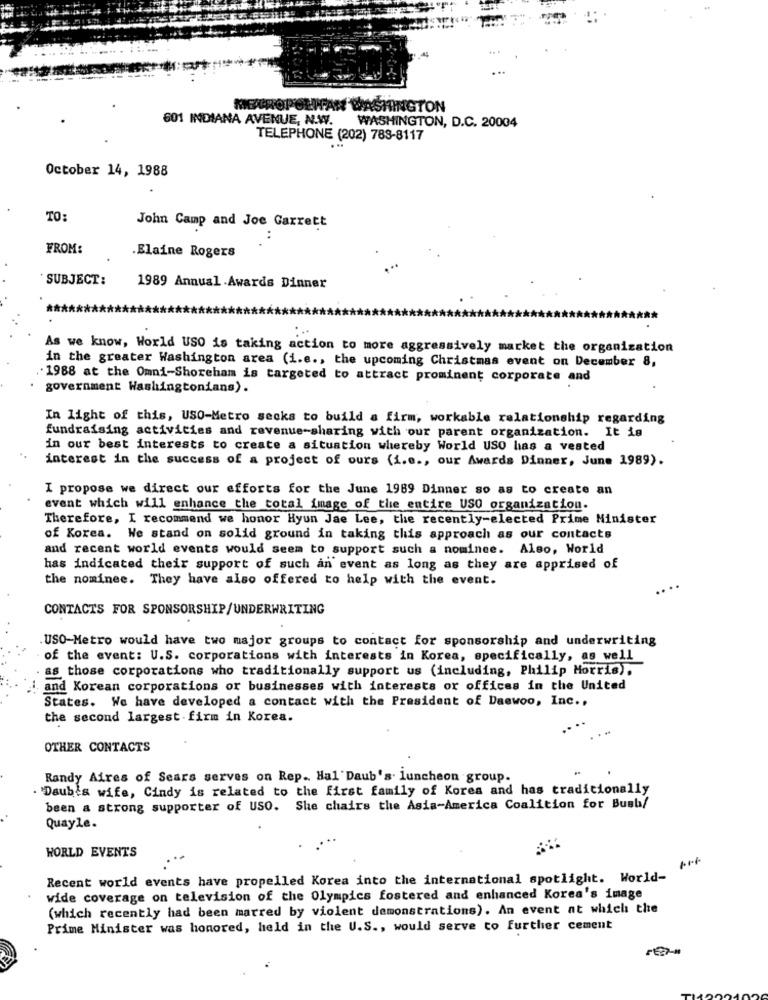
METROPOLITAN WASHINGTON
601 INDIANA AVENUE, N.W.
WASHINGTON, D.C. 20004
TELEPHONE (202) 783-8117
October 14, 1988
TO:
John Camp and Joe Garrett
..
FROM:
.Elaine Rogers
SUBJECT:
1989 Annual Awards Dinner
***
As we know, World USO is taking action to more aggressively market the organization
in the greater Washington area (i.e ., the upcoming Christmas event on December 8,
. 1988 at the Omni-Shoreham is targeted to attract prominent corporate and
government Washingtonians).
In light of this, USO-Metro secks to build a firm, workable relationship regarding
fundraising activities and revenue-sharing with our parent organization. It is
in our best interests to create a situation whereby World USO has a vested
interest in the success of a project of ours (i.e ., our Awards Dinner, June 1989).
I propose we direct our efforts for the June 1989 Dinner so as to create an
event which will enhance the total image of the entire USO organization.
Therefore, I recommend we honor Hyun Jae Lee, the recently-elected Prime Minister
of Korea. We stand on solid ground in taking this approach as our contacts
and recent world events would seem to support such a nominee. Also, World
has indicated their support of such an event as long as they are apprised of
the nominee. They have also offered to help with the event.
CONTACTS FOR SPONSORSHIP/UNDERWRITING
USO-Metro would have two major groups to contact for sponsorship and underwriting
of the event: U.S. corporations with interests in Korea, specifically, as well
as those corporations who traditionally support us (including, Philip Morris).
and Korean corporations or businesses with interests or offices in the United
States. We have developed a contact with the President of Daewoo, Inc .,
the second largest firm in Korea.
OTHER CONTACTS
Randy Aires of Sears serves on Rep .. Hal'Daub's luncheon group.
'Daub's wife, Cindy is related to the first family of Korea and has traditionally
been a strong supporter of USO. She chairs the Asia-America Coalition for Bush/
Quayle.
WORLD EVENTS
Recent world events have propelled Korea into the international spotlight. World-
wide coverage on television of the Olympics fostered and enhanced Korea's image
(which recently had been marred by violent demonstrations). An event at which the
Prime Minister was honored, held in the U.S ., would serve to further cement